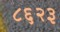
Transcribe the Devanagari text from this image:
८६२३